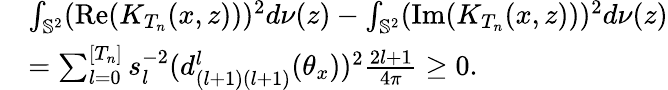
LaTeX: \begin{array}{rl}&{\int_{\mathbb{S}^{2}}(\mathrm{Re}(K_{T_{n}}(x,z)))^{2}d\nu(z)-\int_{\mathbb{S}^{2}}(\mathrm{Im}(K_{T_{n}}(x,z)))^{2}d\nu(z)}\\ &{=\sum_{l=0}^{[T_{n}]}s_{l}^{-2}(d_{(l+1)(l+1)}^{l}(\theta_{x}))^{2}\frac{2l+1}{4\pi}\geq 0.}\end{array}